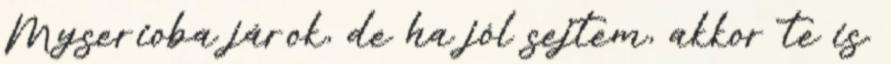
Myserioba járok, de ha jól sejtem, akkor te is.